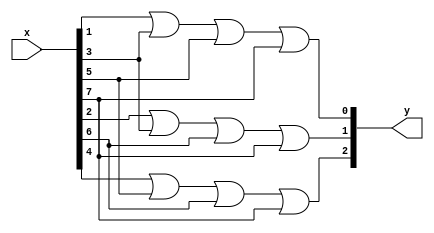
module encoder8_3(
input [7:0]x,
output [2:0]y
);
assign y[0]= x[1] | x[3] | x[5] | x[7];
assign y[1]= x[2] | x[3] | x[6] | x[7];
assign y[2]= x[4] | x[5] | x[6] | x[7];
endmodule

module encoder8_3tb();
reg [7:0]x;
wire [2:0]y;
encoder8_3 dut(x,y);
initial begin
x=8'b00000001;#10;
x=8'b00000010;#10;
x=8'b00000100;#10;
x=8'b00001000;#10;
x=8'b00010000;#10;
x=8'b00100000;#10;
x=8'b01000000;#10;
x=8'b10000000;#10;
end
initial $monitor("x=%0b y=%0b",x,y);
endmodule